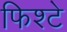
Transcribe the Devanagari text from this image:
फिश्टे